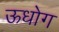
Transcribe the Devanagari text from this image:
ऊधोग